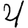
Digit: 4